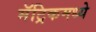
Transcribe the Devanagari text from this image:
मॅट्रिकमध्ये